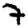
Digit: 7